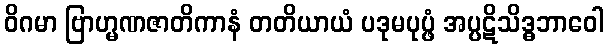
ဝိဂမာ ဗြာဟ္မဏဇာတိကာနံ တတိယာယံ ပဒုမပုပ္ဖံ အပ္ပဋိသိဒ္ဓဘာဝေါ